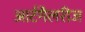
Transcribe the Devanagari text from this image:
आर्टगैलरीज